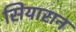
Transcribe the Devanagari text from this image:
सियारान